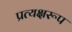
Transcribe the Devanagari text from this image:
प्रत्यक्षरूप